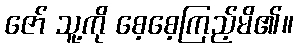
ဇော် သူ့ကို စေ့စေ့ကြည့်မိ၏။